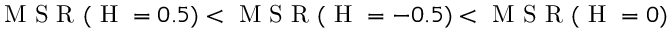
\mathrm { ~ M ~ S ~ R ~ } ( \mathrm { ~ H ~ } = 0 . 5 ) < \mathrm { ~ M ~ S ~ R ~ } ( \mathrm { ~ H ~ } = - 0 . 5 ) < \mathrm { ~ M ~ S ~ R ~ } ( \mathrm { ~ H ~ } = 0 )